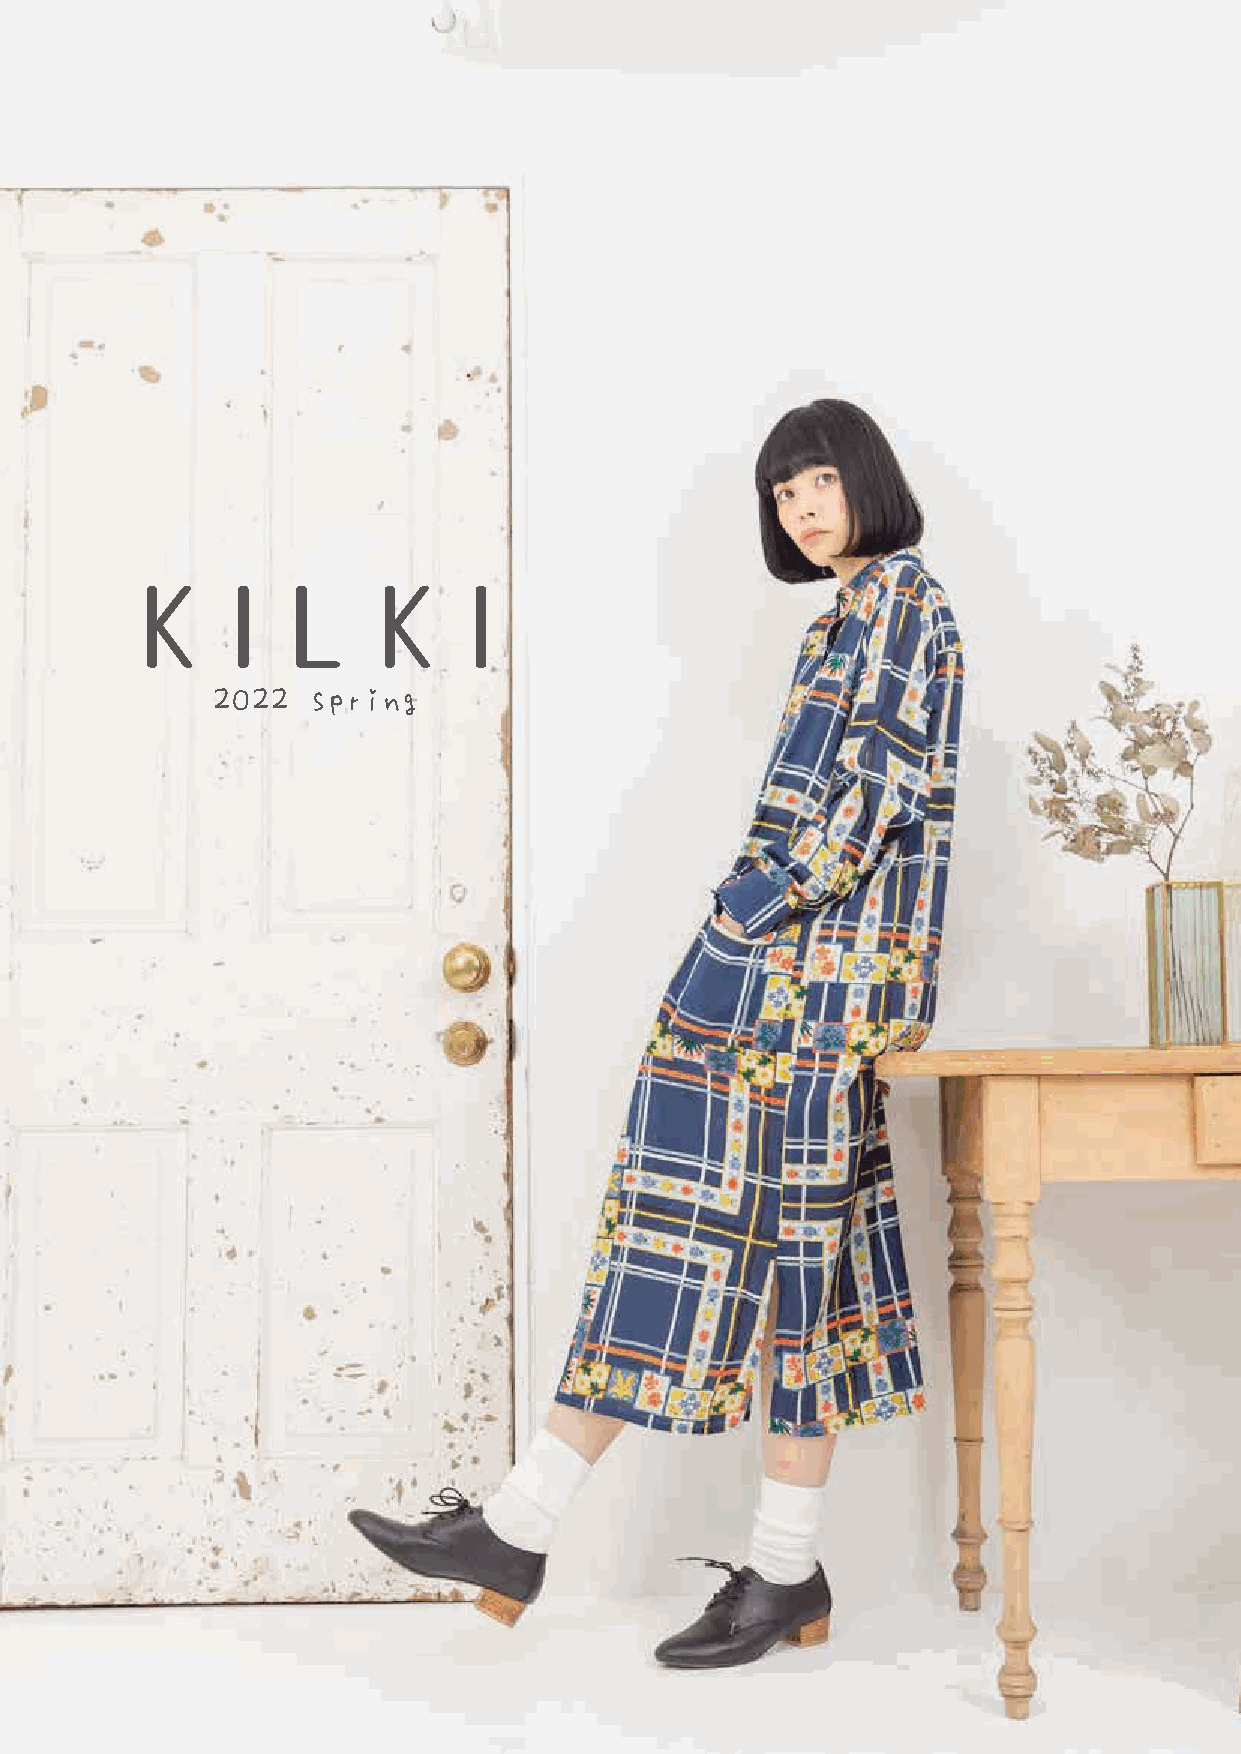
K     I   L     K     I
 2022  spring